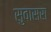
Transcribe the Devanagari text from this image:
सुवासरा